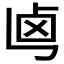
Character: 𠧤